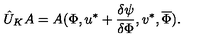
\hat { U } _ { K } A = A ( \Phi , u ^ { * } + \frac { \delta \psi } { \delta \Phi } , v ^ { * } , \overline { { \Phi } } ) .